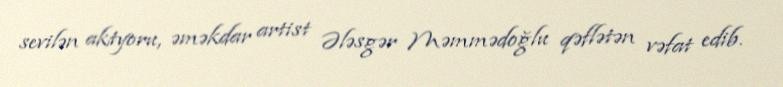
sevilən aktyoru, əməkdar artist Ələsgər Məmmədoğlu qəflətən vəfat edib.